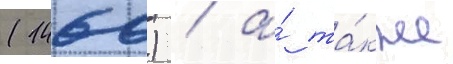
(1460) / а́ та́кже